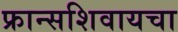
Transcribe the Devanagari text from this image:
फ्रान्सशिवायचा